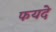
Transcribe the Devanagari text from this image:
फयदे